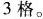
3格。